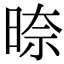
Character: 𭦛